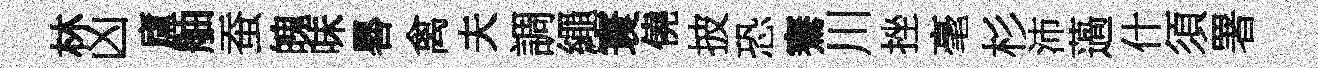
林凶廬舳蚕魄味晷禽夫調繩寰僥披恐騫川挫毫杉沛薖什須署